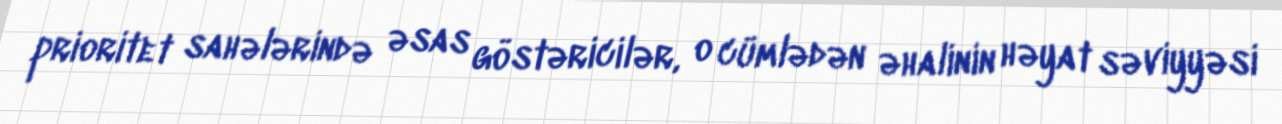
prioritet sahələrində əsas göstəricilər, o cümlədən əhalinin həyat səviyyəsi